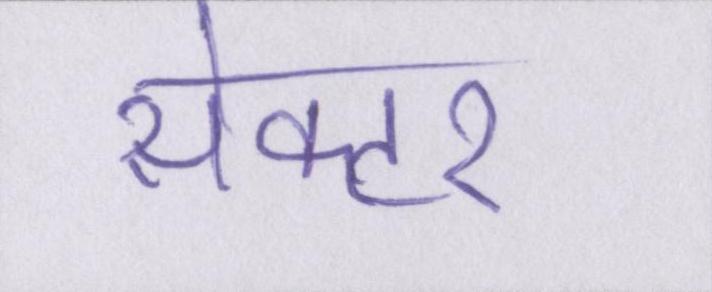
सेक्टर